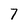
Character: 7